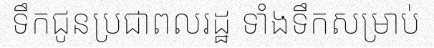
ទឹកជូនប្រជាពលរដ្ឋ ទាំងទឹកសម្រាប់